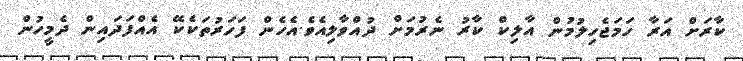
ކާރަށް އަރާ ހަމަޖެހިލުމުން އާލިކް ކާރު ނެރުމަށް ދުއްވާލިއެވެ.އެހެން ފަހަރުތަކެކޭ އެއްފަދައިން ދެމީހުން